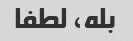
بله، لطفا